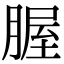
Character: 腛